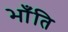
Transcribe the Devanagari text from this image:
भाँंति